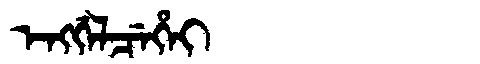
Manchu: ᡝᠩᡤᡝᠯᠴᡝᡥᡝᡳ
Romanization: ENGGELCEHEI